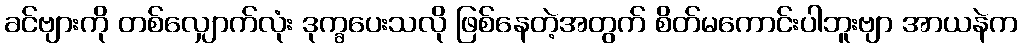
ခင်ဗျားကို တစ်လျှောက်လုံး ဒုက္ခပေးသလို ဖြစ်နေတဲ့အတွက် စိတ်မကောင်းပါဘူးဗျာ အာယနဲက